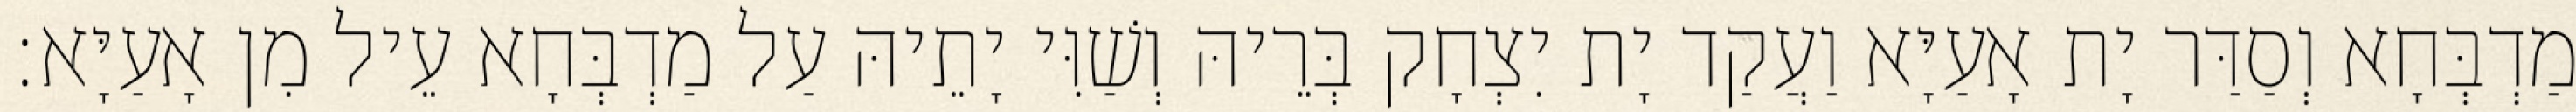
מַדְבְּחָא וְסַדַּר יָת אָעַיָּא וַעֲקַד יָת יִצְחָק בְּרֵיהּ וְשַׁוִּי יָתֵיהּ עַל מַדְבְּחָא עֵיל מִן אָעַיָּא׃